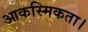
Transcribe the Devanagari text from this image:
आकस्मिकता।